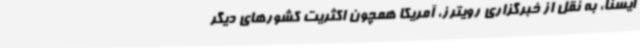
ایسنا، به نقل از خبرگزاری رویترز، آمریکا همچون اکثریت کشورهای دیگر